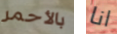
بالأحمر انا